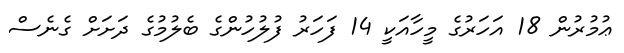
ޢުމުރުން 18 އަހަރުގެ މީހާއަކީ 14 ފަހަރު ފުލުހުންގެ ބެލުމުގެ ދަށަށް ގެނެސް